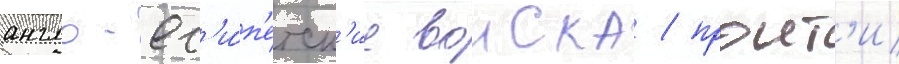
англо-ег'и́п'етск'ие воиска / проит'и